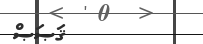
ޤަޞަޞް